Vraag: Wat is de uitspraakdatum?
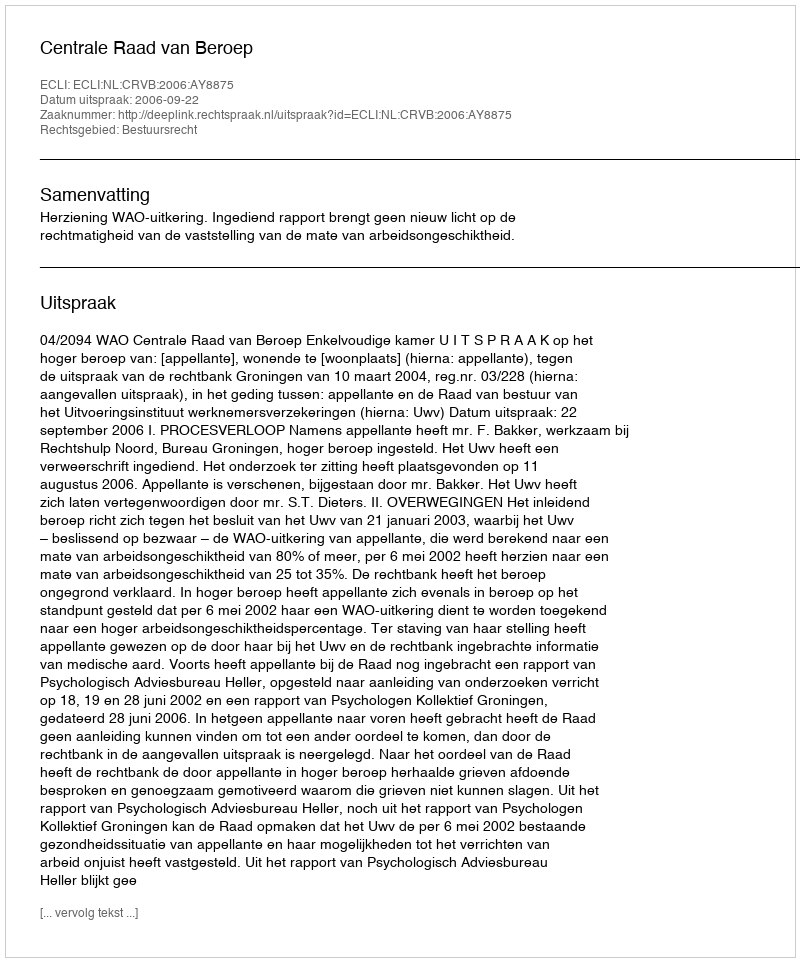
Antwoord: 2006-09-22